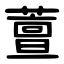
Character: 䕊